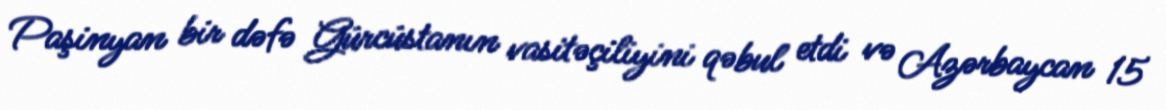
Paşinyan bir dəfə Gürcüstanın vasitəçiliyini qəbul etdi və Azərbaycan 15